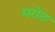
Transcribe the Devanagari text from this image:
मरोठ